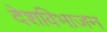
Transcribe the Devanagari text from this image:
देशविभाजन